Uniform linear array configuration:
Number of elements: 16
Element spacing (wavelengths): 0.5
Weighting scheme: binomial
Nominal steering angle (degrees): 45
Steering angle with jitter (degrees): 46.193
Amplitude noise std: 0.05
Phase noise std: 0.05

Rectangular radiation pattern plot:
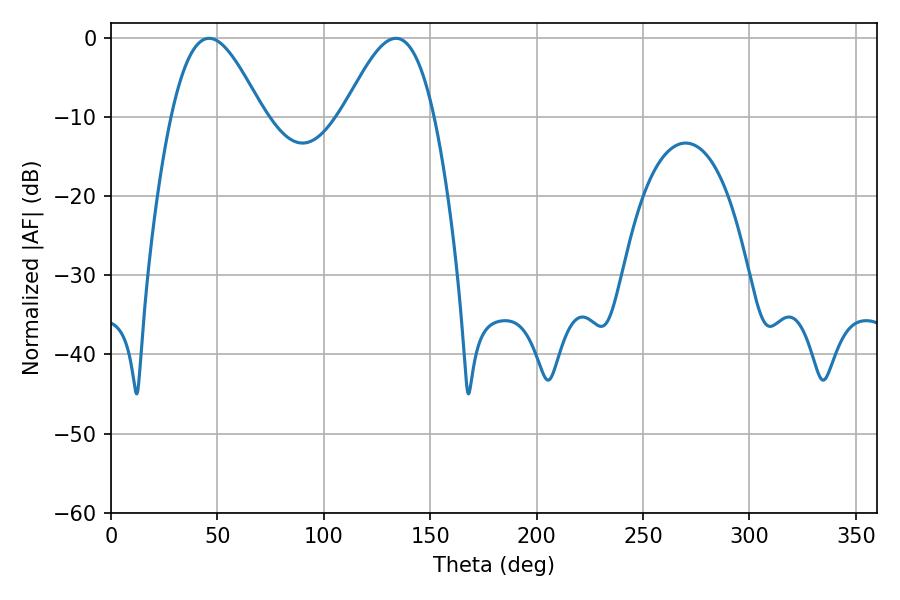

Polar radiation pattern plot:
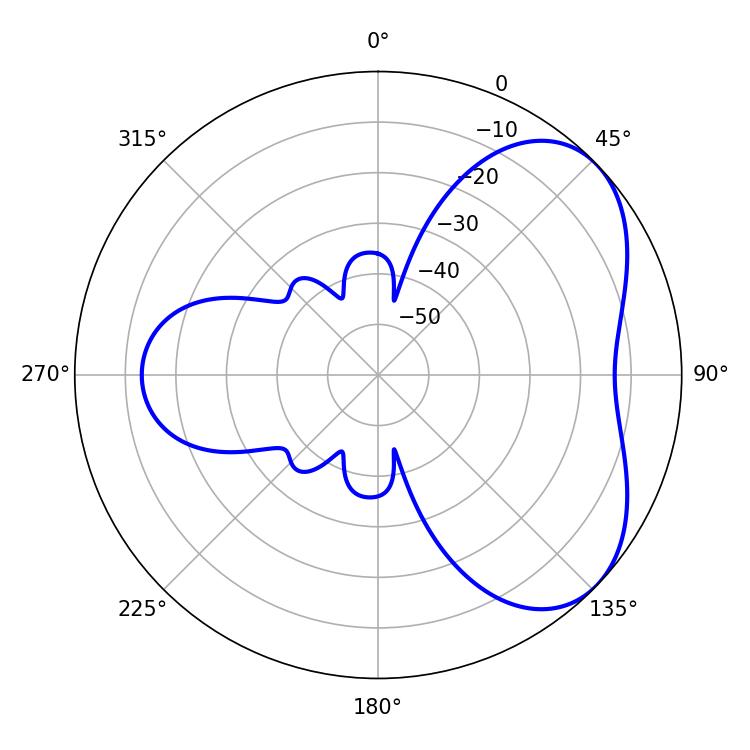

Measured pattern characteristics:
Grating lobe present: FALSE
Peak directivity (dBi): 4.866
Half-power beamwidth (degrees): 23.04
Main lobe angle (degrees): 46.08